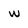
Character: w